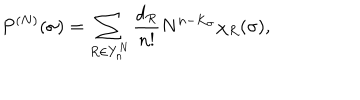
P ^ { ( N ) } ( \sigma ) = \sum _ { R \in Y _ { n } ^ { N } } \frac { d _ { R } } { n ! } N ^ { n - K _ { \sigma } } \chi _ { R } ( \sigma ) ,